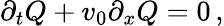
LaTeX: \partial_{t}Q+v_{0}\partial_{x}Q=0\, ,